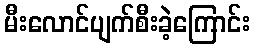
မီးလောင်ပျက်စီးခဲ့ကြောင်း